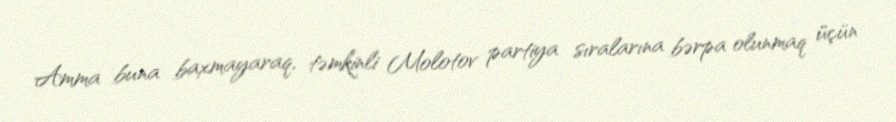
Amma buna baxmayaraq, təmkinli Molotov partiya sıralarına bərpa olunmaq üçün